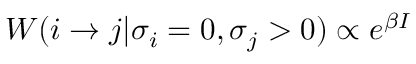
W ( i \to j | \sigma _ { i } = 0 , \sigma _ { j } > 0 ) \propto e ^ { \beta I }